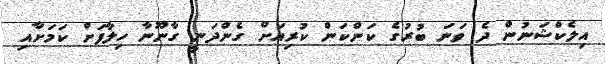
އިލެކްޝަނުން ދެ ވަނަ ބުރުގެ ކަންކަން ކުރިއަށް ގެންދަނީ ގާނޫނާ ހިލާފަށް ކަމަށާއި